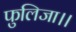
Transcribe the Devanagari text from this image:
फुलिजा।।